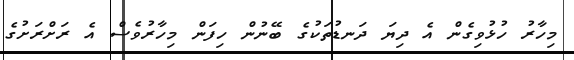
މިހާރު ހުޅުވިގެން އެ ދިޔަ ދަނޑުތަކުގެ ބޭނުން ހިފަން މިހާރުވެސް އެ ރަށްރަށުގެ